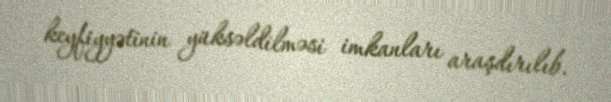
keyfiyyətinin yüksəldilməsi imkanları araşdırılıb.